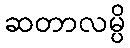
ဆတာလမ္ပိ